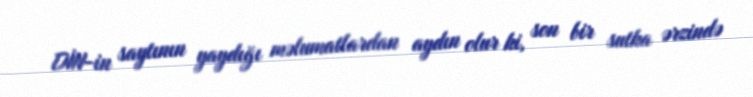
DİN-in saytının yaydığı məlumatlardan aydın olur ki, son bir sutka ərzində